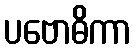
ပဗောဓိကာ